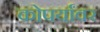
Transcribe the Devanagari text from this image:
कोपर्यांवर